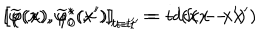
\left[ \varphi ( x ) , \varphi _ { 0 } ^ { * } ( x ^ { \prime } ) \right] _ { t = t ^ { \prime } } = i \delta ( \mathbf { x } - \mathbf { x } ^ { \prime } ) \hspace { 0 . 3 i n } \left[ \widetilde { \varphi } ( x ) , \widetilde { \varphi } _ { 0 } ^ { * } ( x ^ { \prime } ) \right] _ { t = t ^ { \prime } } = - i \delta ( \mathbf { x } - \mathbf { x } ^ { \prime } )